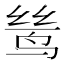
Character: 鸶